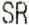
SR